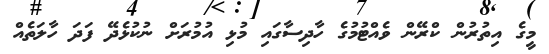
މީގެ އިތުރުން ކްރޭން ވެއްޓުމުގެ ހާދިސާގައި މުޅި އުމުރަށް ނުކުޅެދޭ ފަދަ ހާލަތެއް